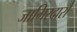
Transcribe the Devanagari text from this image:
जागिरदारों